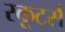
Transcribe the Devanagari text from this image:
स्कूटर्स